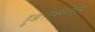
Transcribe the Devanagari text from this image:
हुआ।ऐवरग्लेड्स